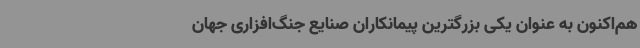
هم‌اکنون به‌ عنوان یکی بزرگترین پیمانکاران صنایع جنگ‌افزاری جهان